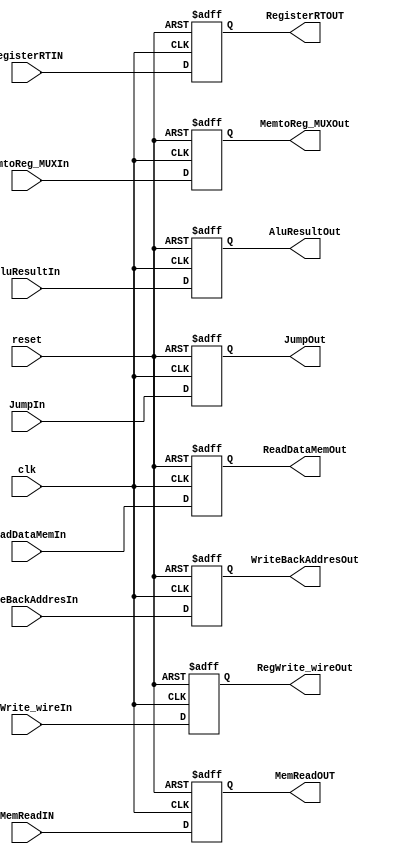


module PipeMEMWB
(
	input clk,
	input reset,
	input [31:0] AluResultIn,
	input [31:0] ReadDataMemIn,
	input JumpIn,
	input [4:0] WriteBackAddresIn,
	input MemtoReg_MUXIn,
	input RegWrite_wireIn,
   input [4:0] RegisterRTIN,
	input MemReadIN,
	
	output reg MemReadOUT,
	output reg [4:0] RegisterRTOUT,
	output reg [31:0] AluResultOut,
	output reg [31:0] ReadDataMemOut,
	output reg [4:0] WriteBackAddresOut,
	output reg JumpOut,
	output reg MemtoReg_MUXOut,
	output reg RegWrite_wireOut
);


always@(negedge reset or negedge clk) 
begin
	if(reset==0)
		begin
			AluResultOut <= 0;
			ReadDataMemOut <= 0;
			WriteBackAddresOut <= 0;
			JumpOut <= 0;
			MemtoReg_MUXOut <= 0;
			RegWrite_wireOut <= 0;
			MemReadOUT <= 0;
			RegisterRTOUT <= 0;
		end
	else	
		begin
			MemReadOUT <= MemReadIN;
			RegisterRTOUT <= RegisterRTIN;
			AluResultOut <= AluResultIn;
			ReadDataMemOut <= ReadDataMemIn;
			WriteBackAddresOut <= WriteBackAddresIn;
			JumpOut <= JumpIn;
			MemtoReg_MUXOut <= MemtoReg_MUXIn;
			RegWrite_wireOut <= RegWrite_wireIn;
		end			
end

endmodule